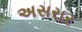
અસરાર